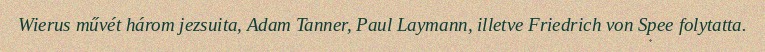
Wierus művét három jezsuita, Adam Tanner, Paul Laymann, illetve Friedrich von Spee folytatta.